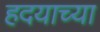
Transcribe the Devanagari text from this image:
हदयाच्या